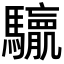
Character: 𮪛